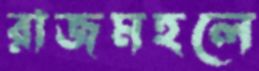
রাজমহলে